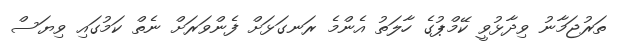
ތަރުޖަމާނު ވިދާޅުވީ ކޭމްޕުގެ ހާލަތު އެންމެ ރަނގަޅަށް ފެންވަރަށް ނެތް ކަމުގައި ވިޔަސް